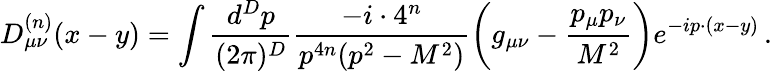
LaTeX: D_{\mu\nu}^{(n)}(x-y)=\int\frac{d^{D}p}{(2\pi)^{D}}\frac{-i\cdot 4^{n}}{p^{4n}(p^{2}-M^{2})}\bigg(g_{\mu\nu}-\frac{p_{\mu}p_{\nu}}{M^{2}}\bigg)e^{-ip\cdot(x-y)}\, .